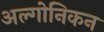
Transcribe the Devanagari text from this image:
अल्गोनिकन